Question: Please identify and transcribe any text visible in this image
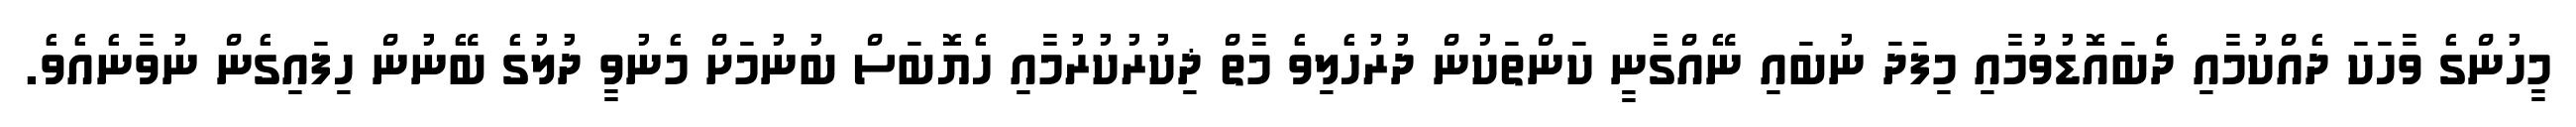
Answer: މީހުންގެ ވާހަކަ ދެއްކުމާއި ދެބައޮޑުވުމާއި މިފަދަ ނުބައި ނޭއްގާނީ ކަންތަކުން ދުރުހެލިވެ މާތް ޛިކުރުކުރުމާއި ހެޔޮބަސް ބުނުމަށް މެނުވީ ދުލުގެ ބޭނުން ހިފައިގެން ނުވާނެއެވެ.